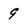
Character: 9